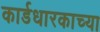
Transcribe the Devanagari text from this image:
कार्डधारकाच्या